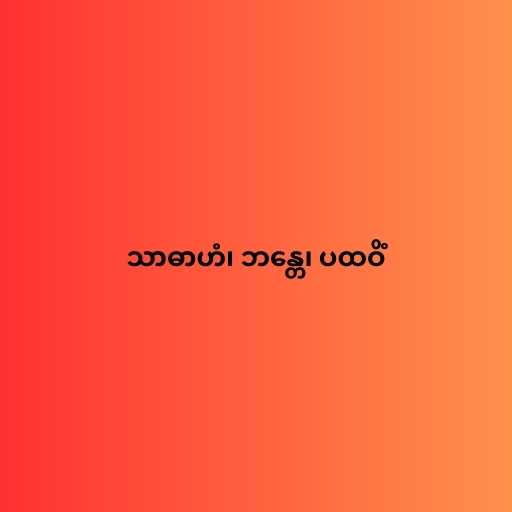
သာဓာဟံ၊ ဘန္တေ၊ ပထဝိံ